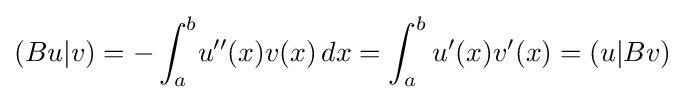
(Bu|v)=-\int _{a}^{b}\!u''(x)v(x)\,dx=\int _{a}^{b}u'(x)v'(x)=(u|Bv)